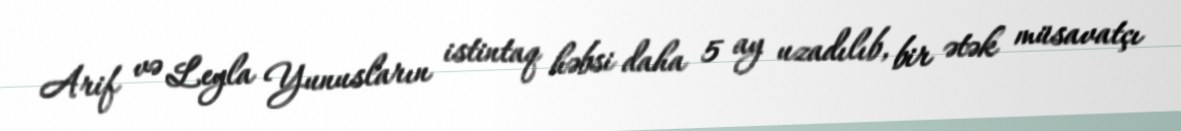
Arif və Leyla Yunusların istintaq həbsi daha 5 ay uzadılıb, bir ətək müsavatçı